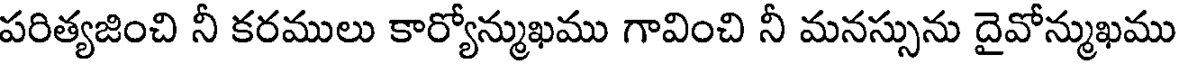
పరిత్యజించి నీ కరములు కార్యోన్ముఖము గావించి నీ మనస్సును దైవోన్ముఖము